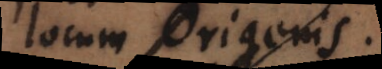
locum Origenis.